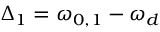
\Delta _ { 1 } = \omega _ { 0 , 1 } - \omega _ { d }